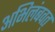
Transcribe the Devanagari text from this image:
अभिलंबवत्‌